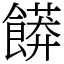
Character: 𲋟